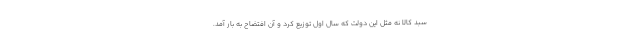
سبد کالا نه مثل این دولت که سال اول توزیع کرد و آن افتضاح به بار آمد.